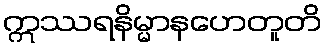
ဣဿရနိမ္မာနဟေတူတိ